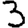
Digit: 3